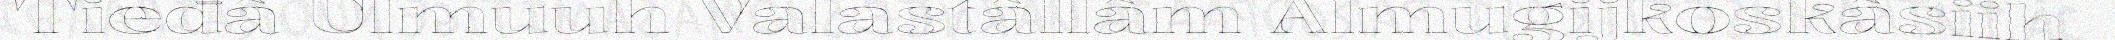
Tieđâ Ulmuuh Valastâllâm Almugijkoskâsiih